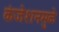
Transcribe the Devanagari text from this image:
कंजेशनमुळे